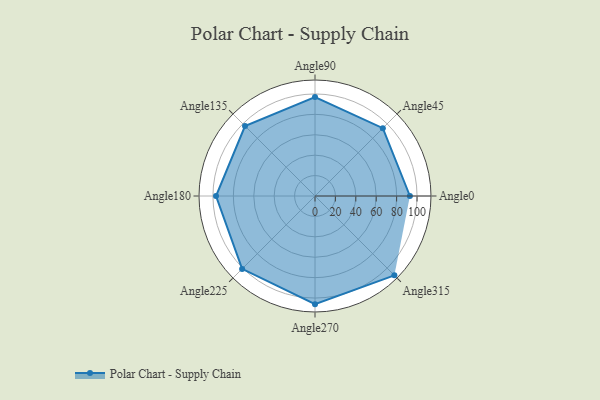
{"axis": {"x": "Angle", "y": "Radius"}, "legend": [""], "data": [{"x": "Angle0", "y": 93.0, "type": ""}, {"x": "Angle45", "y": 94.0, "type": ""}, {"x": "Angle90", "y": 97.0, "type": ""}, {"x": "Angle135", "y": 97.0, "type": ""}, {"x": "Angle180", "y": 97.0, "type": ""}, {"x": "Angle225", "y": 101.0, "type": ""}, {"x": "Angle270", "y": 106.0, "type": ""}, {"x": "Angle315", "y": 110.0, "type": ""}]}